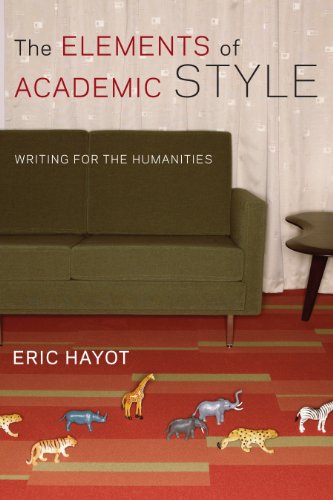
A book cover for The Elements of Academic Style: Writing for the Humanities; Eric Hayot; Literature & Fiction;